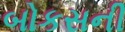
બોકસની